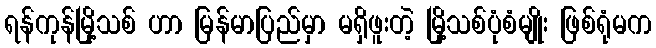
ရန်ကုန်မြို့သစ် ဟာ မြန်မာပြည်မှာ မရှိဖူးတဲ့ မြို့သစ်ပုံစံမျိုး ဖြစ်ရုံမက